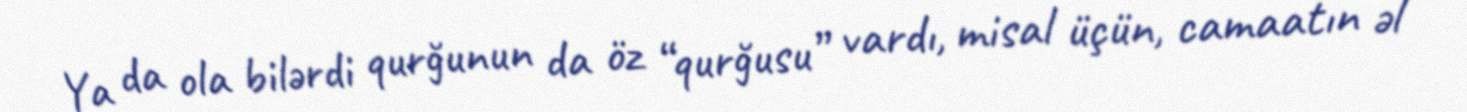
Ya da ola bilərdi qurğunun da öz “qurğusu” vardı, misal üçün, camaatın əl